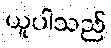
ယူပါသည်